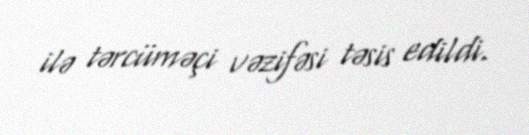
ilə tərcüməçi vəzifəsi təsis edildi.